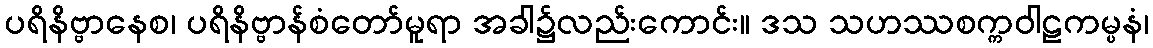
ပရိနိဗ္ဗာနေစ၊ ပရိနိဗ္ဗာန်စံတော်မူရာ အခါ၌လည်းကောင်း။ ဒသ သဟဿစက္ကဝါဠကမ္ပနံ၊